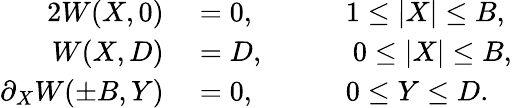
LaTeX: \begin{array}{rlrl}{{2}W(X,0)}&{{}=0,}&{\quad}&{{}1\leq|X|\leq B,}\\ {W(X,D)}&{{}=D,}&{}&{{}\ 0\le|X|\le B,}\\ {\partial_{X}W(\pm B,Y)}&{{}=0,}&{}&{{}0\le Y\le D.}\end{array}